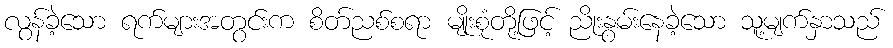
လွန်ခဲ့သော ရက်များအတွင်းက စိတ်ညစ်စရာ မျိုးစုံတို့ဖြင့် ညိုးနွမ်းနေခဲ့သော သူ့မျက်နှာသည်